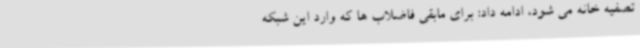
تصفیه خانه می شود، ادامه داد: برای مابقی فاضلاب ها که وارد این شبکه